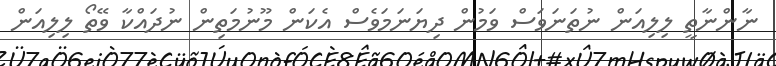
ނާންނާތީ ލިލިއަން ނުތަނަވަސް ވަމުން ދިޔަނަމަވެސް އެކަން މޫނުމަތިން ނުދައްކާ ވޭތޯ ލިލިއަން